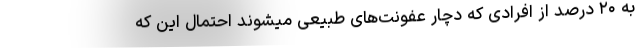
به ۲۰ درصد از افرادی که دچار عفونت‌های طبیعی میشوند احتمال این که